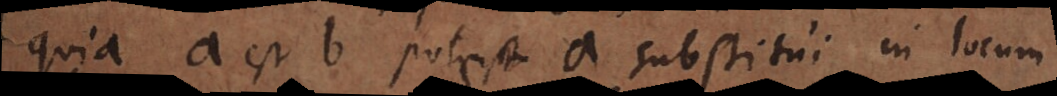
quia a est b potest a substitui in locum